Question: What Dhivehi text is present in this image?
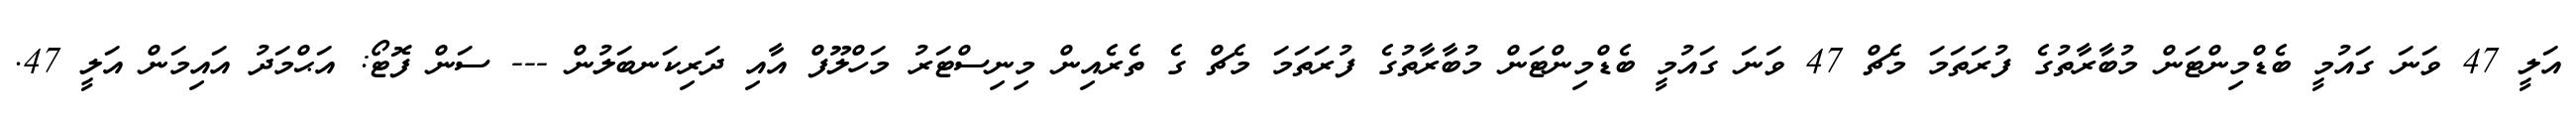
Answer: އަލީ 47 ވަނަ ގައުމީ ބެޑްމިންޓަން މުބާރާތުގެ ފުރަތަމަ މެޗް 47 ވަނަ ގައުމީ ބެޑްމިންޓަން މުބާރާތުގެ ފުރަތަމަ މެޗް ގެ ތެރެއިން މިނިސްޓަރު މަހްލޫފް އާއި ދަރިކަނބަލުން --- ސަން ފޮޓޯ: އަޙްމަދު އައިމަން އަލީ 47.